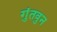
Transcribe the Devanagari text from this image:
गुंतवुन